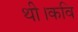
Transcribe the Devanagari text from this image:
थी।कवि